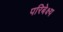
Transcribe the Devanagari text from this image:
परिबेक्ष्य